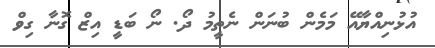
އުޅުނިއްޔާއޭ މަމެން ބުނަން ނެތީމު ދޯ. ނޯ ބަޑީ އިޒް ގޮނާ ގިވް